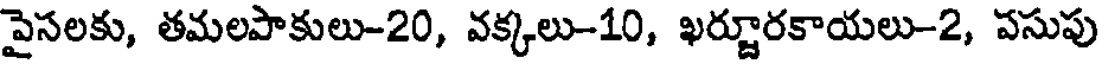
పైసలకు, తమలపాకులు-20, వక్కలు-10, ఖర్జూరకాయలు-2, పసుపు